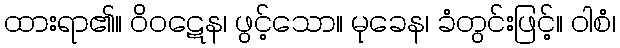
ထားရာ၏။ ဝိဝဋေန၊ ဖွင့်သော။ မုခေန၊ ခံတွင်းဖြင့်။ ဝါစံ၊